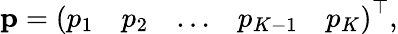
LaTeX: \mathbf{p}=\left(\begin{array}{lllll}{p_{1}}&{p_{2}}&{\dots}&{p_{K-1}}&{p_{K}}\end{array}\right)^{\top},